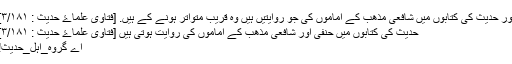
اور حدیث کی کتابوں میں شافعی مذھب کے اماموں کی جو روایتیں ہیں وہ قریب متواتر ہونے کے ہیں. [فتاویٰ علماۓ حدیث : ٣/١٨١]
حدیث کی کتابوں میں حنفی اور شافعی مذھب کے اماموں کی روایت ہوتی ہیں [فتاویٰ علماۓ حدیث : ٣/١٨١]
اے گروہ_اہل_حدیث!